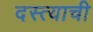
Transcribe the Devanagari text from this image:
दस्त्याची